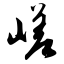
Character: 嵯